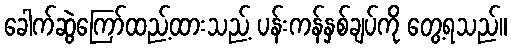
ခေါက်ဆွဲကြော်ထည့်ထားသည့် ပန်းကန်နှစ်ချပ်ကို တွေ့ရသည်။